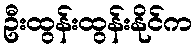
ဦးထွန်းထွန်းနိုင်က